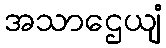
အသာဌေယျံ